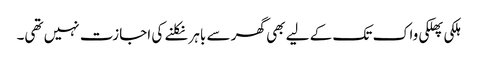
ہلکی پھلکی واک تک کے لیے بھی گھر سے باہر نکلنے کی اجازت نہیں تھی۔